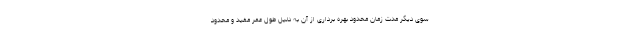
سوی دیگر مدت زمان محدود بهره برداری از آن به دلیل طول عمر مفید و محدود